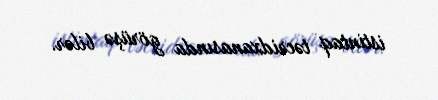
istintaq təcridxanasında görüşə bilər.